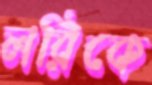
লরিকে